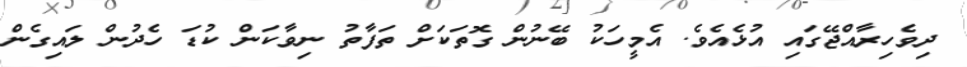
ދިވެހިރާއްޖޭގައި އުޅެއެވެ. އެމީހަކު ބޭނުން ގޮތަކަށް ތަފާތު ނިވާކަން ކުޑަ ހެދުން ލައިގެން